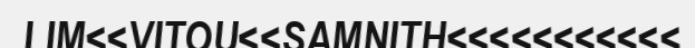
LIM<<VITOU<<SAMNITH<<<<<<<<<<<